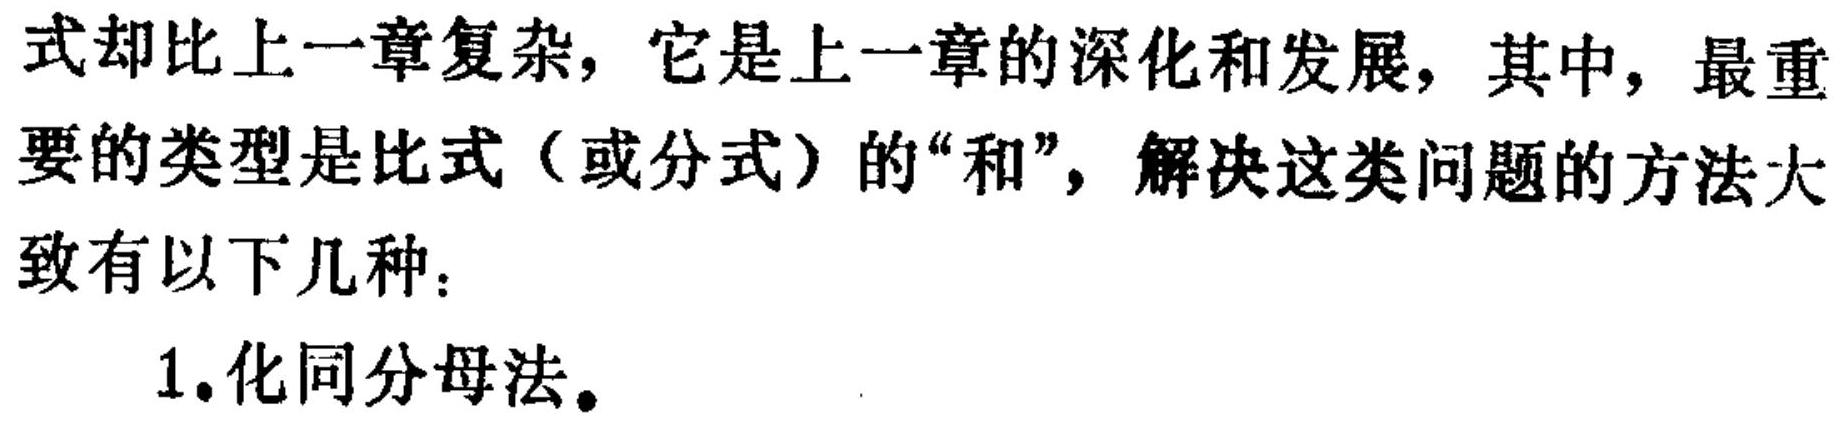
式却比上一章复杂，它是上一章的深化和发展，其中，最重要的类型是比式（或分式）的“和”，解决这类问题的方法大致有以下几种：

1.化同分母法。